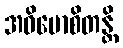
အဓိမောစိတန္တိ